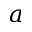
a